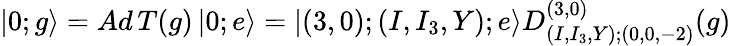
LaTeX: |0;g\rangle=Ad\, T(g)\, |0;e\rangle=|(3,0);(I,I_{3},Y);e\rangle D_{(I,I_{3},Y);(0,0,-2)}^{(3,0)}(g)